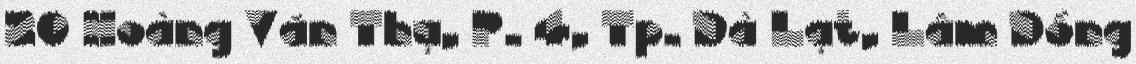
20 Hoàng Văn Thụ, P. 4, Tp. Đà Lạt, Lâm Đồng